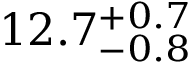
1 2 . 7 _ { - 0 . 8 } ^ { + 0 . 7 }